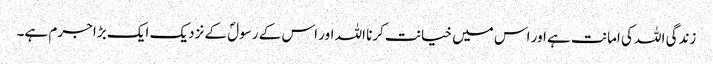
زندگی اللہ کی امانت ہے اور اس میں خیانت کرنا اللہ اور اس کے رسولؐ کے نزدیک ایک بڑا جرم ہے۔